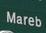
mareb